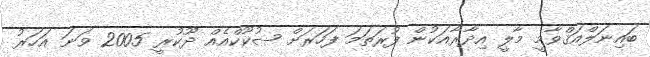
ބައިނަލްއަޤްވާމީ މާލީ އިދާރާއަކުން ފުރަތަމަ ފަހަރަށް ޞުކޫކްއެއް ދޫކުރީ 2005 ވަނަ އަހަރު